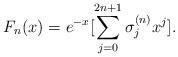
LaTeX: \begin{align*}F_n(x)=e^{-x}[\sum_{j=0}^{2n+1}\sigma_j^{(n)}x^j].\end{align*}